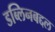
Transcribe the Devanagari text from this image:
डब्लिनबद्दल